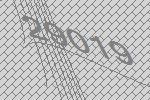
29019